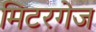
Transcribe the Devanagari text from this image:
मिटरगेज